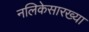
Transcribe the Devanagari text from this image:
नलिकेसारख्या